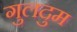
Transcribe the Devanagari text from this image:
गुलदुम